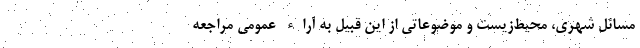
مسائل شهری، محیط‌زیست و موضوعاتی از این قبیل به آراء عمومی مراجعه